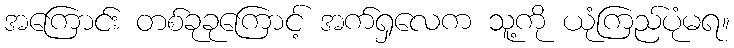
အကြောင်း တစ်ခုခုကြောင့် အက်ရှလေက သူ့ကို ယုံကြည်ပုံမရ။